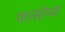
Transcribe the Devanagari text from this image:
फासोच्या